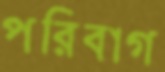
পরিবাগ